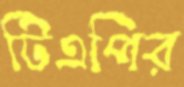
টিএপির